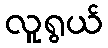
လူရွယ်